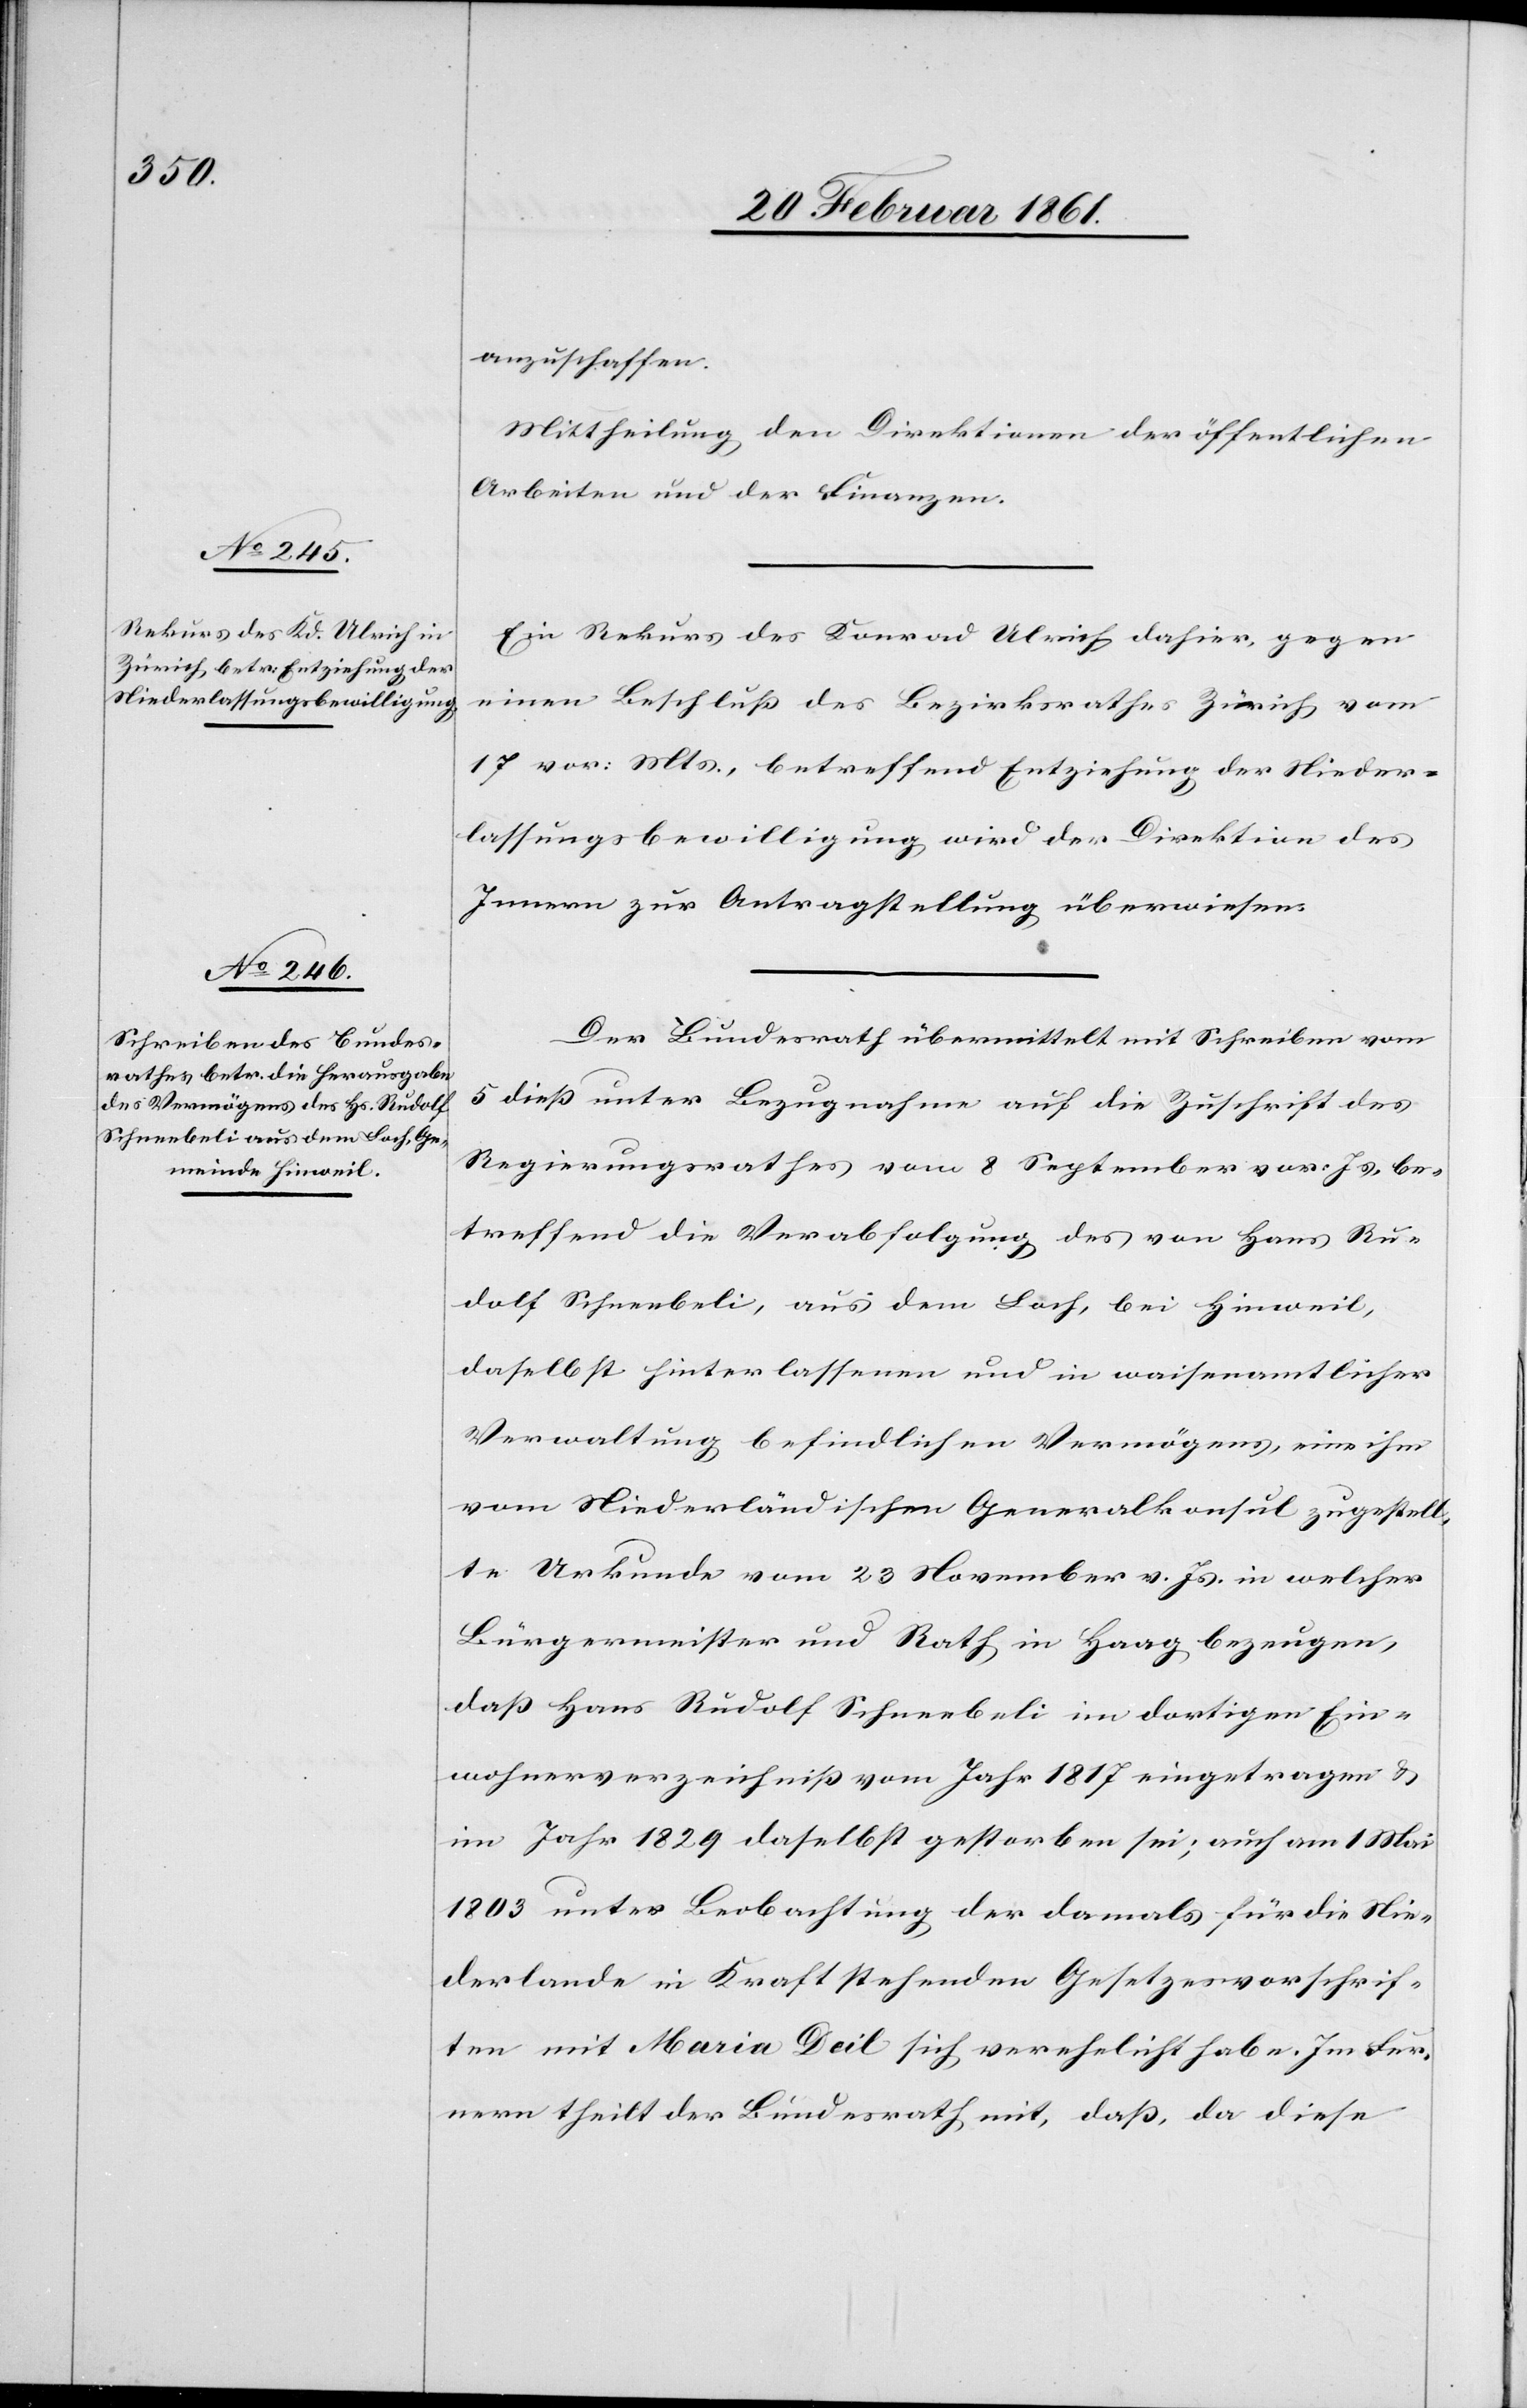
anzuschaffen.
Mittheilung den Direktionen der öffentlichen
Arbeiten und der Finanzen.
Ein Rekurs des Konrad Ulrich dahier, gegen
einen Beschluss des Bezirksrathes Zürich vom
17 vor: Mts., betreffend Entziehung der Nieder¬
lassungsbewilligung wird der Direktion des
Innern zur Antragstellung überwiesen.
Der Bundesrath übermittelt mit Schreiben vom
5 diess unter Bezugnahme auf die Zuschrift des
Regierungsrathes vom 8. September vor. Js, be¬
treffend die Verabfolgung des von Hans Ru¬
dolf Schneebeli, aus dem Loch, bei Hinweil,
daselbst hinterlassenen und in waisenamtlicher
Verwaltung befindlichen Vermögens, eine ihm
vom Niederländischen Generalkonsul zugestell¬
te Urkunde vom 23. November v. Js. in welcher
Bürgermeister und Rath in Haag bezeugen,
dass Hans Rudolf Schneebeli im dortigen Ein¬
wohnerverzeichniss vom Jahr 1817 eingetragen u.
im Jahr 1829 daselbst gestorben sei; auch am 1. Mai
1803 unter Beobachtung der damals für die Nie¬
derlande in Kraft stehenden Gesetzesvorschrif¬
ten mit Maria Deil sich verehelicht habe. Im Fer¬
nern theilt der Bundesrath mit, dass, da diese